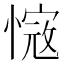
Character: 𢟭